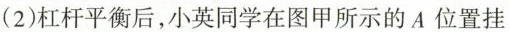
(2)杠杆平衡后，小英同学在图甲所示的A位置挂